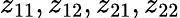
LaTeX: z_{11},z_{12},z_{21},z_{22}